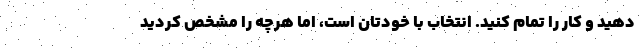
دهید و کار را تمام کنید. انتخاب با خودتان است، اما هرچه را مشخص کردید